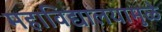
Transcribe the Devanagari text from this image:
महाविद्यालयामुळे